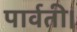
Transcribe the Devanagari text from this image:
पार्वती।